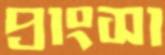
প্রাংসা